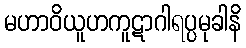
မဟာဝိယူဟကူဋာဂါရပ္ပမုခါနိ